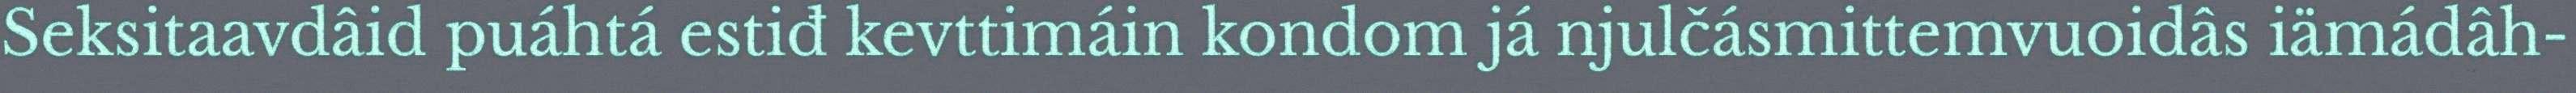
Seksitaavdâid puáhtá estiđ kevttimáin kondom já njulčásmittemvuoidâs iämádâh-